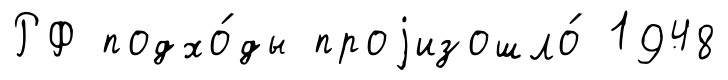
РФ подхо́ды проjизошло́ 1948